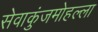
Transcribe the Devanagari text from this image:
सेवाकुंजमोहल्ला